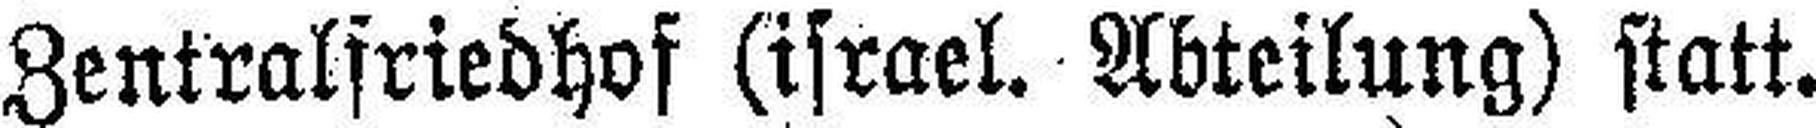
Zentralfriedhof (israel. Abteilung) statt.